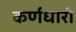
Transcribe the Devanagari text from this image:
कर्णधारो